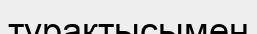
тұрақтысымен